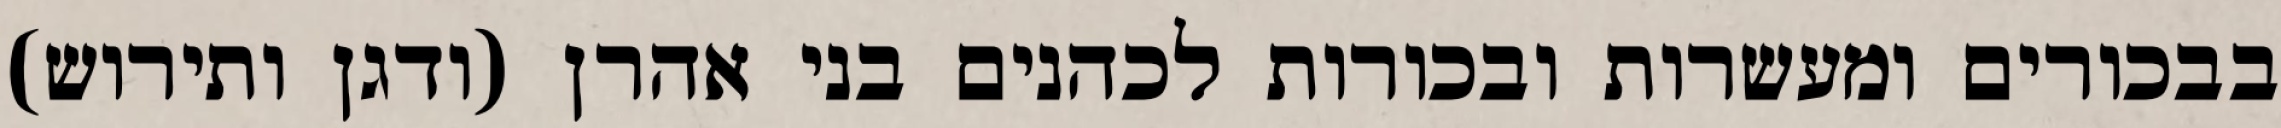
בבכורים ומעשרות ובכורות לכהנים בני אהרן (ודגן ותירוש)